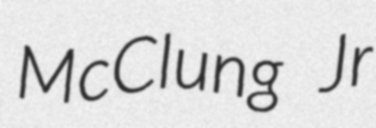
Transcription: McClung Jr